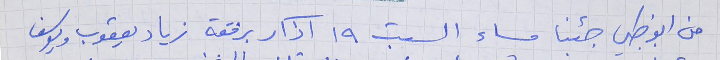
من ابو ظبي جئنا مساء السبت ١٩ آذار برفقة زياد يعقوب ويوسف